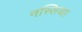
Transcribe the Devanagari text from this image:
नस्लियत